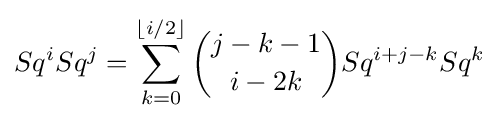
Sq^{i}Sq^{j}=\sum _{k=0}^{\lfloor i/2\rfloor }{j-k-1 \choose i-2k}Sq^{i+j-k}Sq^{k}